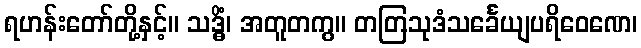
ရဟန်းတော်တို့နှင့်။ သဒ္ဓိံ၊ အတူတကွ။ တတြသုဒံသင်္ခေယျပရိဝေဏေ၊